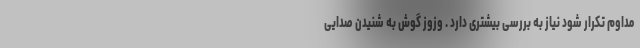
مداوم تکرار شود نیاز به بررسی بیشتری دارد . وزوز گوش به شنیدن صدایی